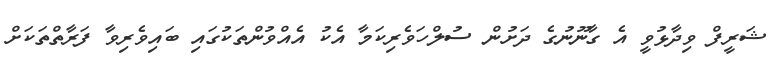
ޝަރީފް ވިދާޅުވީ އެ ގާނޫނުގެ ދަށުން ސުލްހަވެރިކަމާ އެކު އެއްވުންތަކުގައި ބައިވެރިވާ ފަރާތްތަކަށް